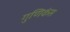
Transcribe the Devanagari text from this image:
गुणिकंस